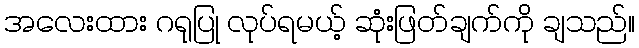
အလေးထား ဂရုပြု လုပ်ရမယ့် ဆုံးဖြတ်ချက်ကို ချသည်။